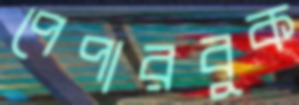
পেপারবুক